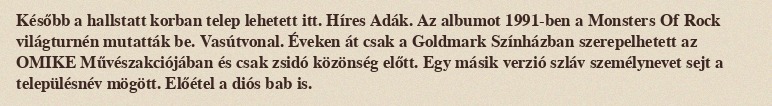
Később a hallstatt korban telep lehetett itt. Híres Adák. Az albumot 1991-ben a Monsters Of Rock világturnén mutatták be. Vasútvonal. Éveken át csak a Goldmark Színházban szerepelhetett az OMIKE Művészakciójában és csak zsidó közönség előtt. Egy másik verzió szláv személynevet sejt a településnév mögött. Előétel a diós bab is.